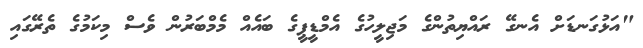
"އަޅުގަނޑަށް އެނގޭ ރައްޔިތުންގެ މަޖިލީހުގެ އެމްޑީޕީގެ ބައެއް މެމްބަރުން ވެސް މިކަމުގެ ތެރޭގައި